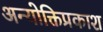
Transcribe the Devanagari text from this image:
अन्योक्तिप्रकाश